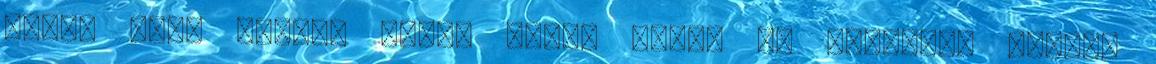
híres akar lenni, pénzt akar, sokat és gyorsan, emberi